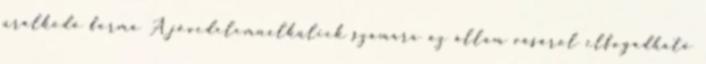
uralkodó forma A jövedelemnélküliek számára az állam vásárol elfogadható